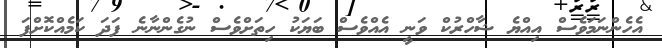
އެހެންނަމަވެސް އިއްޔެ ޝާހްރުކް ވަނީ އެއްވެސް ބަޔަކު ހިތަށްވެސް ނުގެންނާނެ ފަދަ ކަމެއްކޮށްފަ